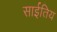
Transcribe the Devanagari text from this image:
साईतिय